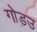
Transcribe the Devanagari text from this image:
गोड़उ